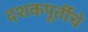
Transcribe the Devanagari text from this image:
दशकपूर्तीचे